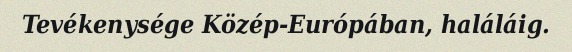
Tevékenysége Közép-Európában, haláláig.